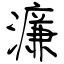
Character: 濂